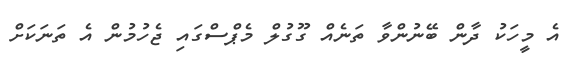
އެ މީހަކު ދާން ބޭނުންވާ ތަނެއް ގޫގުލް މެޕްސްގައި ޖެހުމުން އެ ތަނަކަށް